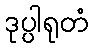
ဒုပ္ပါရုတံ